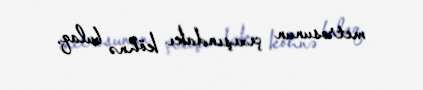
metrosunun çıxışındakı köhnə bulaq.